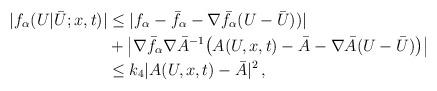
LaTeX: \begin{align*}| f_\alpha (U | \bar U;x,t) | &\le | f_\alpha - \bar f_\alpha - \nabla \bar f_\alpha (U-\bar U)) |\\&+ \left | \nabla \bar f_\alpha \nabla \bar A^{-1} \big (A(U,x,t) - \bar A - \nabla \bar A (U - \bar U) \big ) \right |\\&\le k_4 |A(U,x,t) - \bar A|^2 \, ,\end{align*}